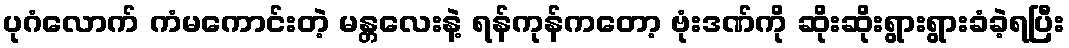
ပုဂံလောက် ကံမကောင်းတဲ့ မန္တလေးနဲ့ ရန်ကုန်ကတော့ ဗုံးဒဏ်ကို ဆိုးဆိုးရွားရွားခံခဲ့ရပြီး